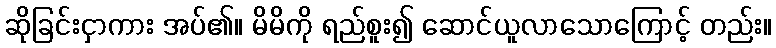
ဆိုခြင်းငှာကား အပ်၏။ မိမိကို ရည်စူး၍ ဆောင်ယူလာသောကြောင့် တည်း။